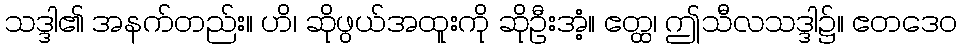
သဒ္ဒါ၏ အနက်တည်း။ ဟိ၊ ဆိုဖွယ်အထူးကို ဆိုဦးအံ့။ ဧတ္ထ၊ ဤသီလသဒ္ဒါ၌။ ဧတဒေဝ